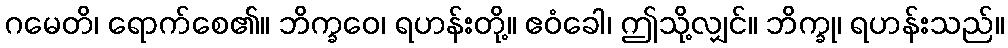
ဂမေတိ၊ ရောက်စေ၏။ ဘိက္ခဝေ၊ ရဟန်းတို့။ ဧဝံခေါ၊ ဤသို့လျှင်။ ဘိက္ခု၊ ရဟန်းသည်။